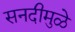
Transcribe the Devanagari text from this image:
सनदीमुळे